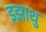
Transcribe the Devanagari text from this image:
इझाथु